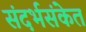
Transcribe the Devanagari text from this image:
संदर्भसंकेत